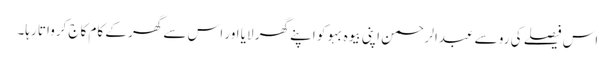
اس فیصلے کی رو سے عبدالرحمن اپنی بیوہ بہو کو اپنے گھر لایا اور اس سے گھر کے کام کاج کرواتا رہا۔